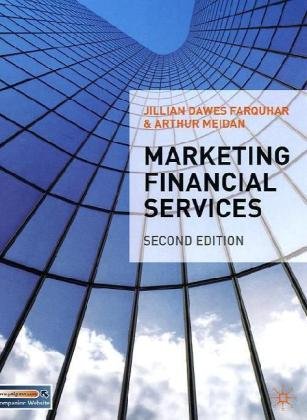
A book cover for Marketing Financial Services: Second Edition; Jillian Farquhar; Business & Money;